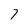
Character: 7